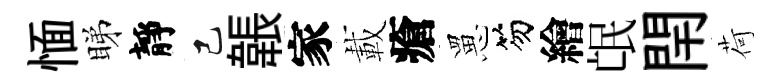
愐睇靜己韔家載瘡罳笏繪氓閈荷